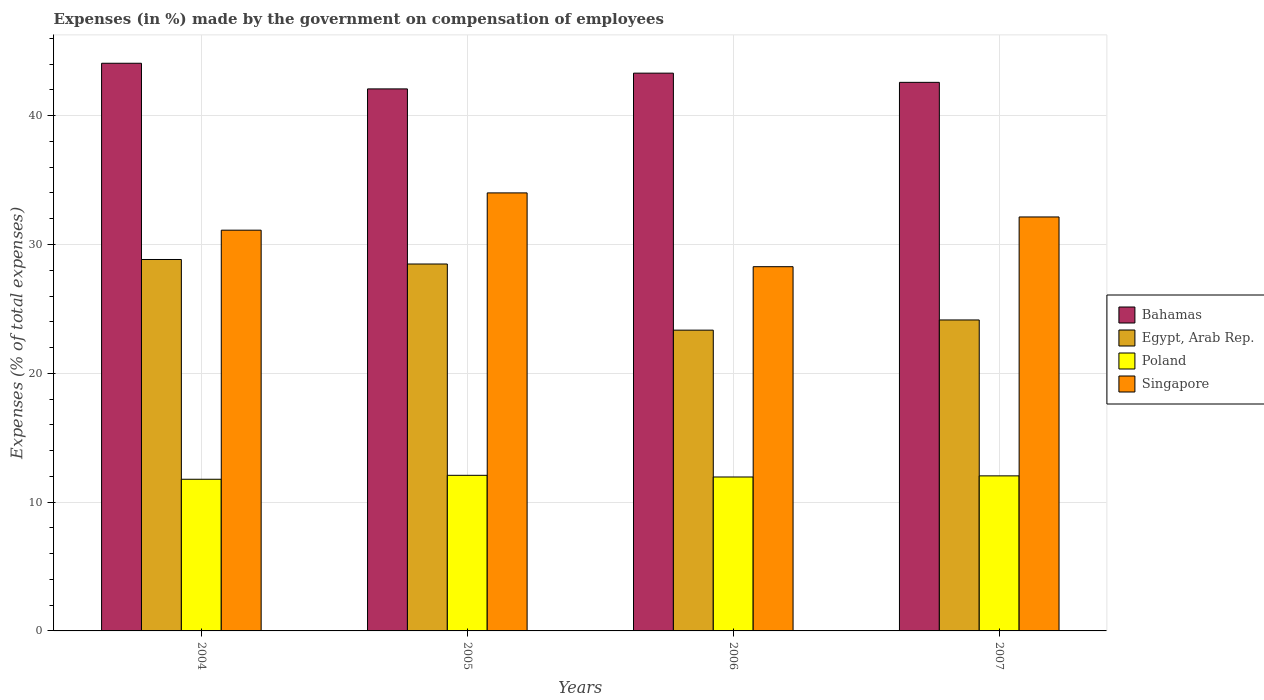
| Years | Bahamas | Egypt, Arab Rep. | Poland | Singapore |
 | --- | --- | --- | --- | --- |
 | 2004 | 44.1 | 28.8 | 11.8 | 31.1 |
 | 2005 | 42.1 | 28.5 | 12.1 | 34 |
 | 2006 | 43.3 | 23.4 | 12 | 28.3 |
 | 2007 | 42.6 | 24.1 | 12 | 32.1 |